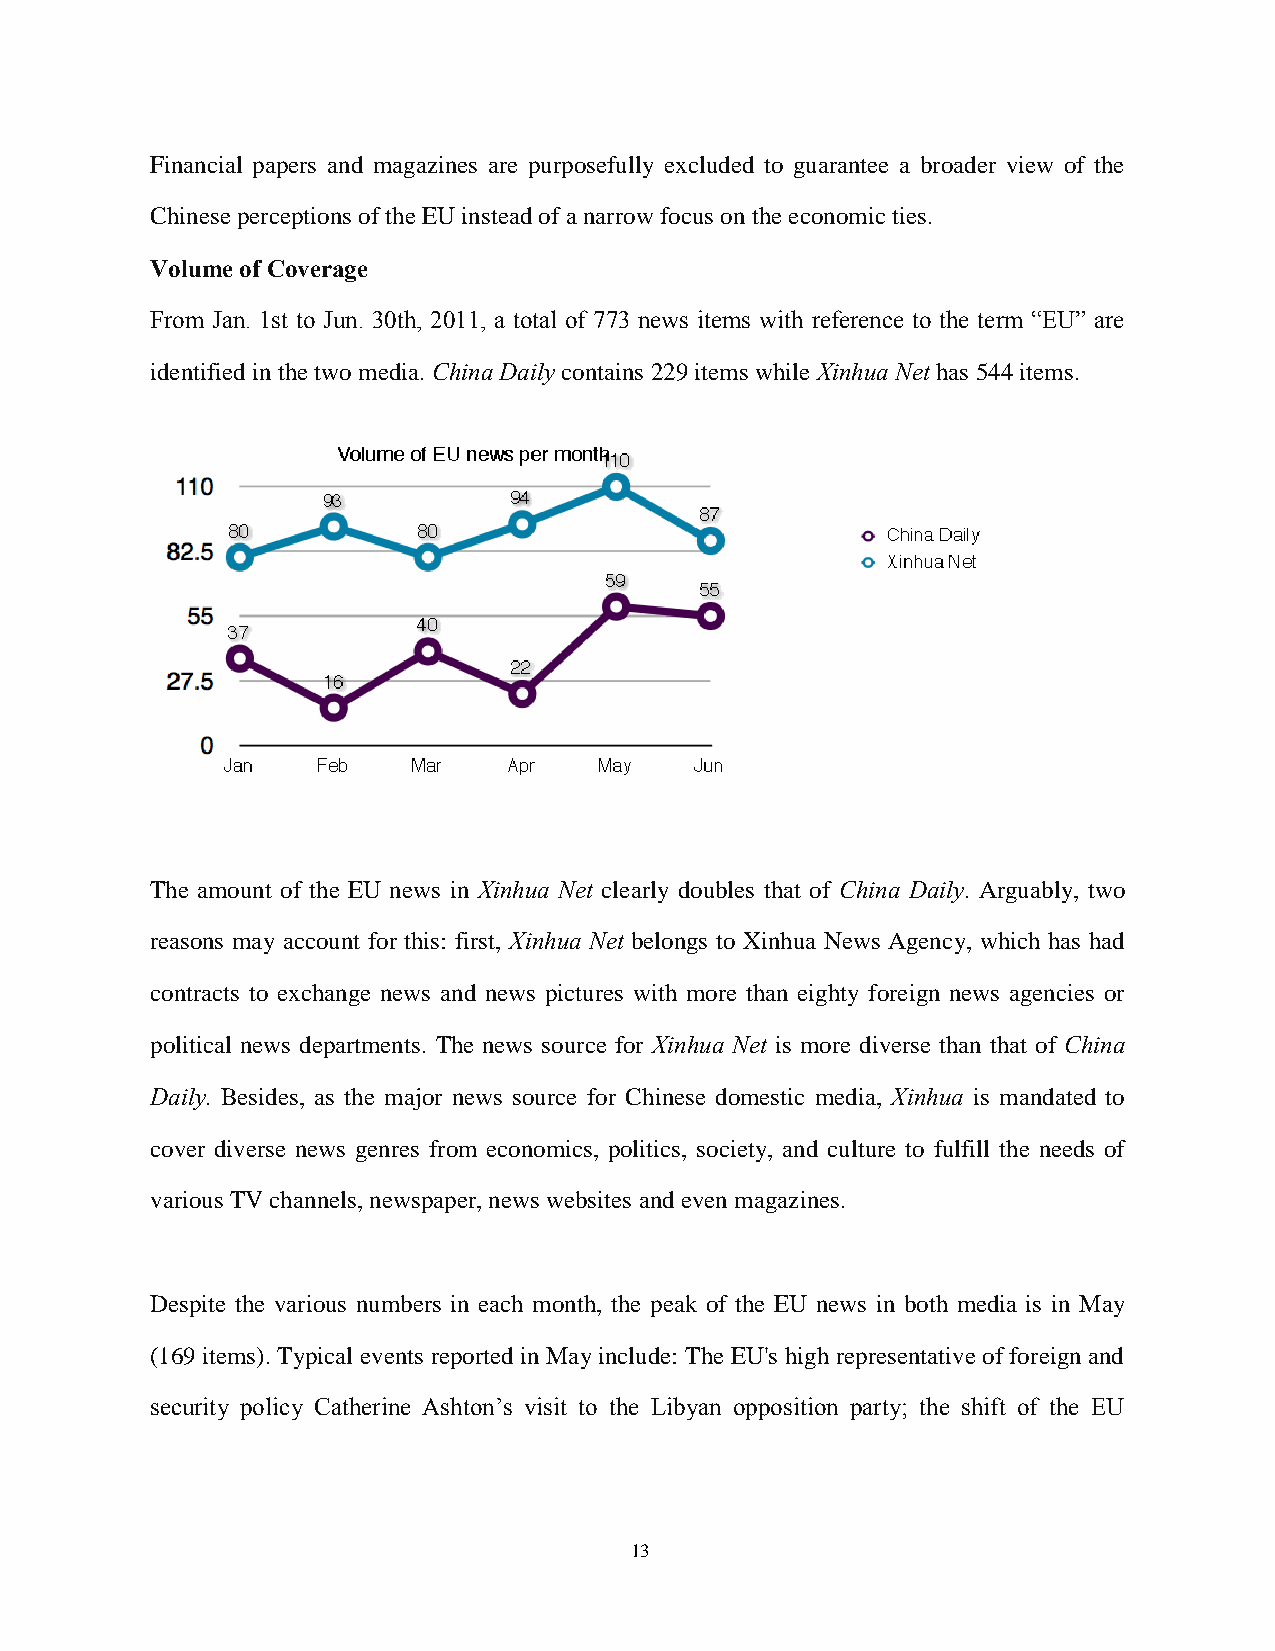
Financial papers and magazines are purposefully excluded to guarantee a broader view of the
 Chinese perceptions of the EU instead of a narrow focus on the economic ties.
 Volume of Coverage
 From Jan. 1st to Jun. 30th, 2011, a total of 773 news items with reference to the term “EU” are
 identified in the two media. China Daily contains 229 items while Xinhua Net has 544 items.
 The amount of the EU news in Xinhua Net clearly doubles that of China Daily. Arguably, two
 reasons may account for this: first, Xinhua Net belongs to Xinhua News Agency, which has had
 contracts to exchange news and news pictures with more than eighty foreign news agencies or
 political news departments. The news source for Xinhua Net is more diverse than that of China
 Daily. Besides, as the major news source for Chinese domestic media, Xinhua is mandated to
 cover diverse news genres from economics, politics, society, and culture to fulfill the needs of
 various TV channels, newspaper, news websites and even magazines.
 Despite the various numbers in each month, the peak of the EU news in both media is in May
 (169 items). Typical events reported in May include: The EU's high representative of foreign and
 security policy Catherine Ashton’s visit to the Libyan opposition party; the shift of the EU
 13